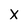
Character: X